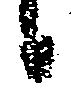
候